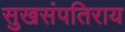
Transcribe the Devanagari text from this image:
सुखसंपतिराय